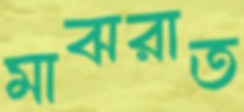
মাঝরাত